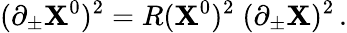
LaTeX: (\partial_{\pm}\mathbf{X}^{0})^{2}=R(\mathbf{X}^{0})^{2}\; (\partial_{\pm}\mathbf{X})^{2}\, .